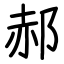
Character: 郝